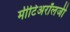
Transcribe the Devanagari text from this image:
मीटिअरॉलजी